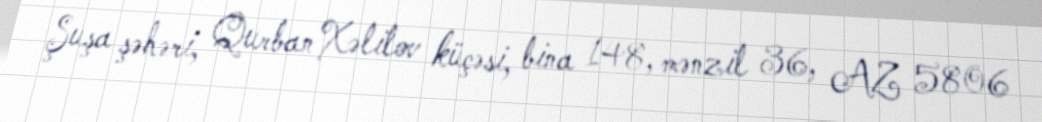
Şuşa şəhəri, Qurban Xəlilov küçəsi, bina 148, mənzil 36, AZ 5806